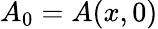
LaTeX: A_{0}=A(x,0)